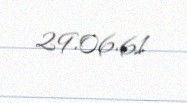
29.06.61